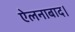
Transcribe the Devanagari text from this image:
ऐलनाबाद।